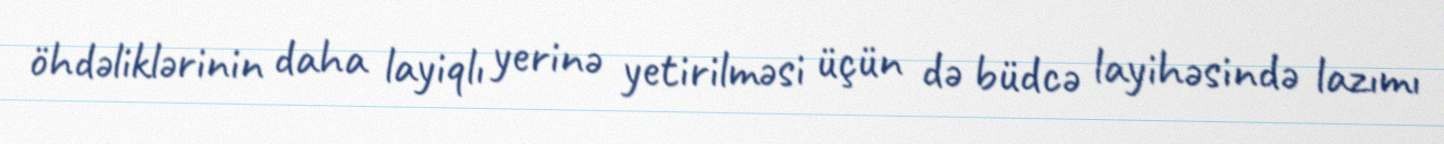
öhdəliklərinin daha layiqlı yerinə yetirilməsi üçün də büdcə layihəsində lazımı